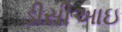
ડીસીઆઇ